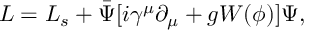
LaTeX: { \cal L } = { \cal L } _ { s } + \bar { \Psi } [ i \gamma ^ { \mu } \partial _ { \mu } + g W ( \phi ) ] \Psi ,